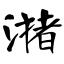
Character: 潴